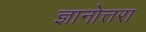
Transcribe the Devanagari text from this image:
ज्ञानोत्तरा